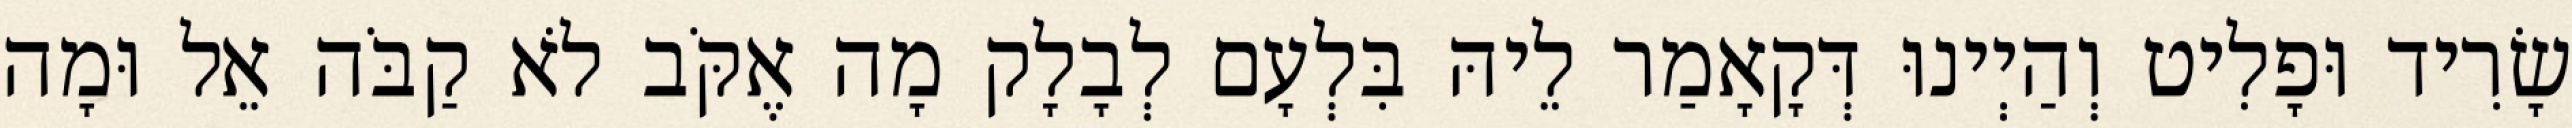
שָׂרִיד וּפָלִיט וְהַיְינוּ דְּקָאָמַר לֵיהּ בִּלְעָם לְבָלָק מָה אֶקֹּב לֹא קַבֹּה אֵל וּמָה